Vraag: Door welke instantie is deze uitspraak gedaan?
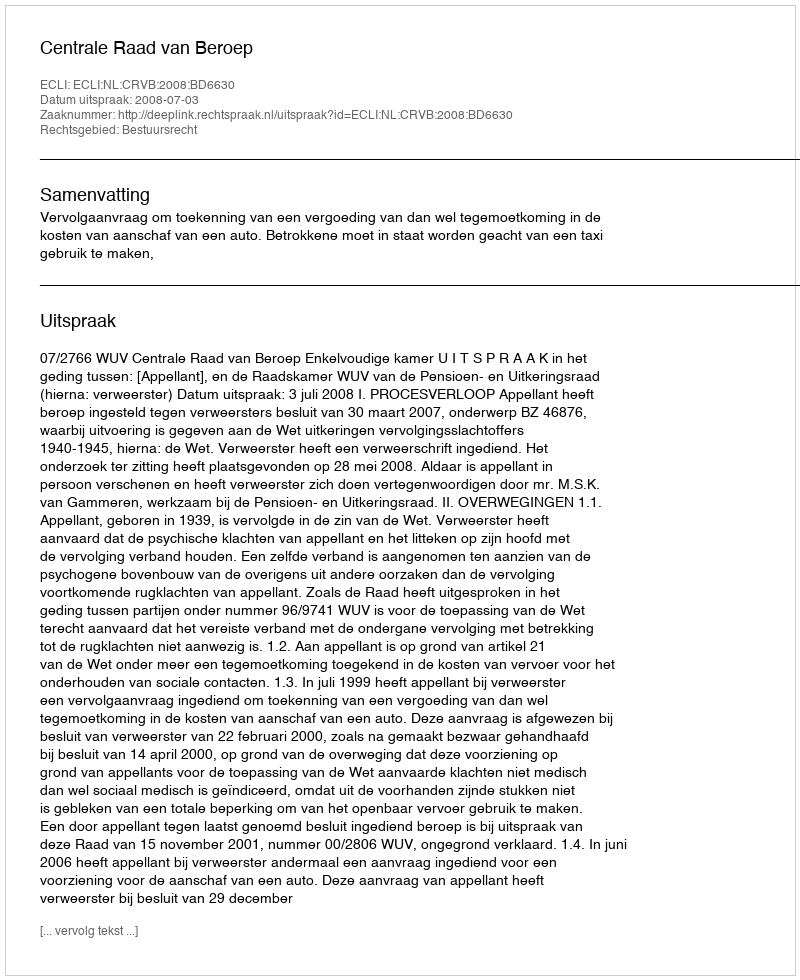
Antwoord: Centrale Raad van Beroep